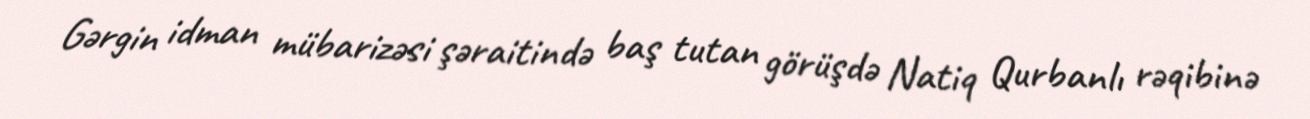
Gərgin idman mübarizəsi şəraitində baş tutan görüşdə Natiq Qurbanlı rəqibinə